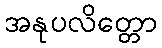
အနုပလိတ္တော